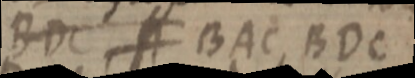
BDC, A BAC, BDC